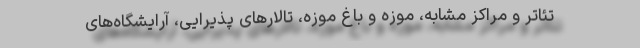
تئاتر و مراکز مشابه، موزه و باغ موزه، تالارهای پذیرایی، آرایشگاه‌های